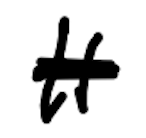
Text: it
Cross-out: scratch
Writing tool: digital_black